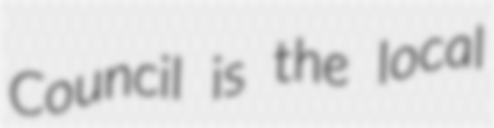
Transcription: Council is the local